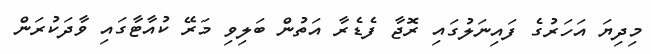
މިދިޔަ އަހަރުގެ ފައިނަލުގައި ރޮޖާ ފެޑެރާ އަތުން ބަލިވި މަރޭ ކުއާޓާގައި ވާދަކުރަން